Vaccination in Bombay 1924-1928 - 1924-1928
Year: 1924
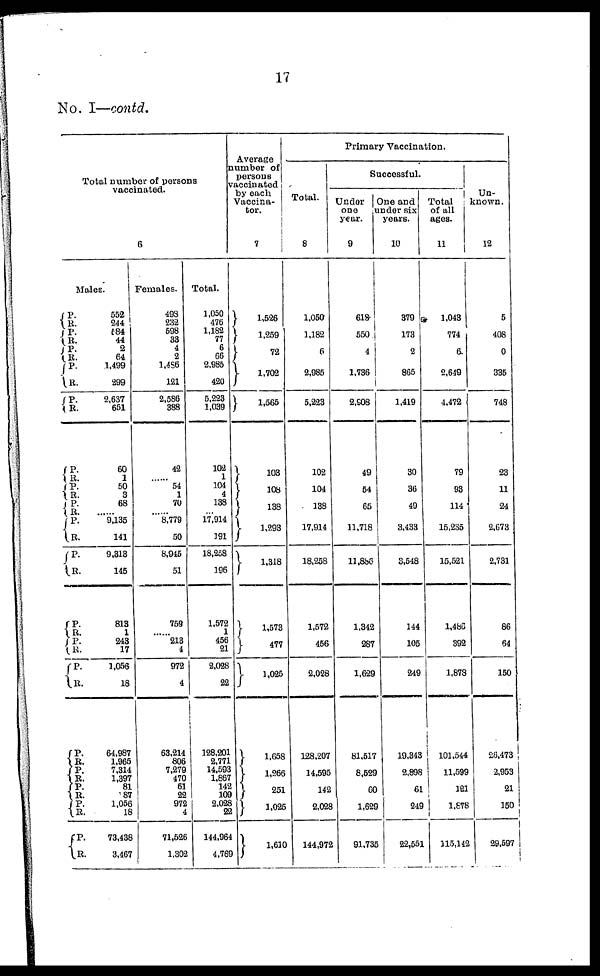
17
No. I—contd.
Total number of persons
vaccinated.
6
Males.
P.
R.
P.
R.
P.
R.
P.
R. P.
R.
P.
R.
P.
R.
P.
R.
P.
R. P.
R.
P.
R.
P.
R.
P.
R.
P.
R.
P.
R.
P.
R.
P.
R.
P. R.
552
244
584
44
2
64
1,499
299
2,637
651
60
1
50
3
68
...... 9,135
141
9,313
145
813
1
243
17
1,056
18
64,987
1,965
7,314
1,397
81
87
1,056
18
73,438
3,467
Females.
498
232
598
33
4
2
1,486
121
2,586
388
42
...... 54
1
70
...... 8,779
50
8,945
51
759
...... 213
4
972
4
63,214
806
7,279
470
61
22
972
4
71,526
1,302
Total.
1,050
476
1,182
77
6
66
2,985
420
5,223
1,039
102
1
104
4
138
...... 17,914
191
18,258
196
1,572
1
456
21
2,028
22
128,201
2,771
14,593
1,867
142
109
2,028
22
144,964
4,769
Average
number of
persons
vaccinated
by each
Vaccina-
tor.
7
1,526
1,259
72
1,702
1,565
103
108
138
1,293
1,318
1,573
477
1,025
1,658
1,266
251
1,025
1,610
Primary Vaccination.
Total.
8
1,050
1,182
6
2,985
5,223
102
104
138
17,914
18,258
1,572
456
2,028
128,207
14,595
142
2,028
144,972
Successful.
Under
one
year.
9
618
550
4
1,736
2,908
49
54
65
11,718
11,886
1,342
287
1,629
81,517
8,529
60
1,629
91,735
One and
under six
years.
10
379
173
2
865
1,419
30
36
49
3,433
3,548
144
105
249
19,343
2,898
61
249
22,551
Total
of all
ages.
11
1,043
774
6
2,649
4,472
79
93
114
15,235
15,521
1,486
392
1,878
101,544
11,599
121
1,878
115,142
Un-
known.
12
5
408
0
335
748
23
11
24
2,673
2,731
86
64
150
26,473
2,953
21
150
29,597